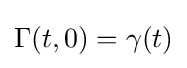
\Gamma (t,0)=\gamma (t)